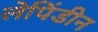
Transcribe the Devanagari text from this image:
लेपिंडीन